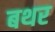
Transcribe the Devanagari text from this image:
बथर